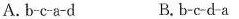
A.b-c-a-d B. B-c-d-a